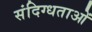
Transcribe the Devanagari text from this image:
संदिग्धताओं